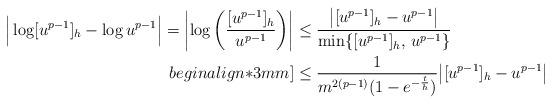
LaTeX: \begin{align*}\Big|\log[u^{p-1}]_h-\log u^{p-1}\Big|=\left|\log\left(\frac{[u^{p-1}]_h}{u^{p-1}}\right)\right| &\leq \frac{\big|[u^{p-1}]_h-u^{p-1}\big|}{\min\{[u^{p-1}]_h,\,u^{p-1}\}} \\begin{align*}3mm]&\leq \frac{1}{m^{2(p-1)}(1-e^{-\frac{t}{h}}) }\big|[u^{p-1}]_h-u^{p-1}\big|\end{align*}